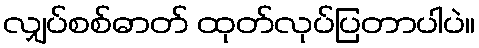
လျှပ်စစ်ဓာတ် ထုတ်လုပ်ပြတာပါပဲ။